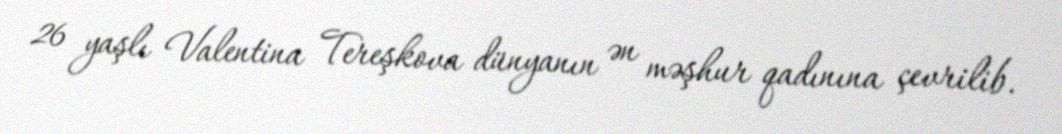
26 yaşlı Valentina Tereşkova dünyanın ən məşhur qadınına çevrilib.